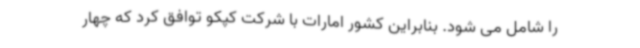
را شامل می شود. بنابراین کشور امارات با شرکت کپکو توافق کرد که چهار